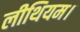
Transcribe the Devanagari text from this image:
लीथियम।